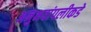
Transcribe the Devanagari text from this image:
अनुभवांपलीकडे